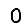
Digit: 0